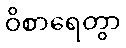
ဝိစာရေတွာ